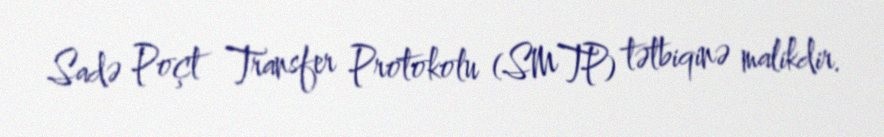
Sadə Poçt Transfer Protokolu (SMTP) tətbiqinə malikdir.